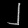
Digit: ၂